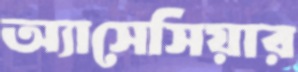
অ্যাসেসিয়ার